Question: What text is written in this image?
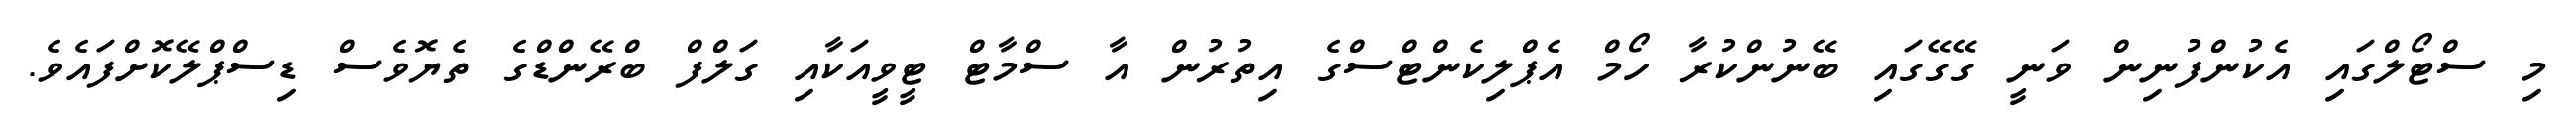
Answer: މި ސްޓޯލްގައި އެކުންފުނިން ވަނީ ގޭގޭގައި ބޭނުންކުރާ ހޯމް އެޕްލިކެންޓްސްގެ އިތުރުން އާ ސްމާޓް ޓީވީއަކާއި ގަލްފް ބްރޭންޑްގެ ތެޔޮވެސް ޑިސްޕްލޭކޮށްފައެވެ.